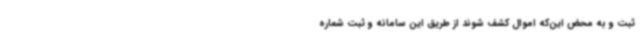
ثبت و به محض این‌که اموال کشف شوند از طریق این سامانه و ثبت شماره